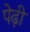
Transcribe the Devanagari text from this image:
पेढ़ी